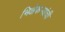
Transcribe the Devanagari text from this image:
भिक्षेकऱ्यांची